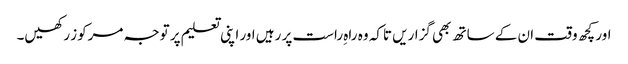
اور کچھ وقت ان کے ساتھ بھی گزاریں تاکہ وہ راہ ِراست پر رہیں اور اپنی تعلیم پر توجہ مرکوز رکھیں۔